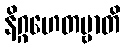
နိဂ္ဂဟေတဗ္ဗာတိ